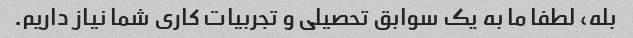
بله، لطفا ما به یک سوابق تحصیلی و تجربیات کاری شما نیاز داریم.